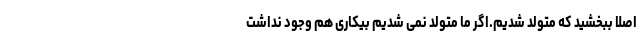
اصلا ببخشید که متولد شدیم.اگر ما متولد نمی شدیم بیکاری هم وجود نداشت